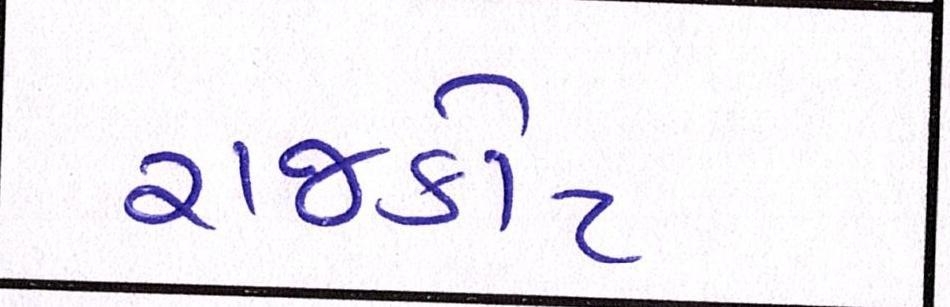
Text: રાજકોટ